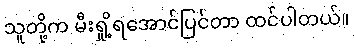
သူတို့က မီးရှို့ရအောင်ပြင်တာ ထင်ပါတယ်။